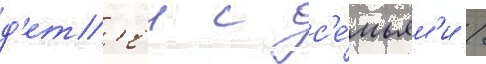
д'ет'еи с с'е́мьям'и /